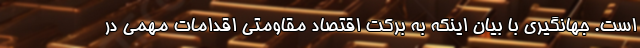
است. جهانگیری با بیان اینکه به برکت اقتصاد مقاومتی اقدامات مهمی در